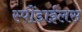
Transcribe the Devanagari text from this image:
स्पौंडाईलस